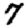
Digit: 7